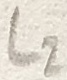
Text: L2